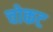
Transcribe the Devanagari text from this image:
चोकट